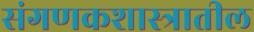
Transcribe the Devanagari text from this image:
संगणकशास्त्रातील